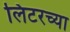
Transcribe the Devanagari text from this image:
लिटरच्या